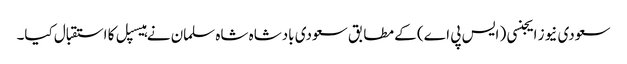
سعودی نیوز ایجنسی ( ایس پی اے) کے مطابق سعودی بادشاہ شاہ سلمان نے ہیسپل کا استقبال کیا۔